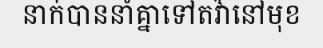
នាក់បាននាំគ្នាទៅតវ៉ានៅមុខ